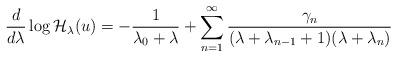
LaTeX: \begin{align*}\frac{d}{d\lambda}\log \mathcal H_\lambda (u)=-\frac{1}{\lambda_0+\lambda}+\sum_{n=1}^\infty\frac{\gamma_n}{(\lambda+\lambda_{n-1}+1)(\lambda+\lambda_n)}\end{align*}